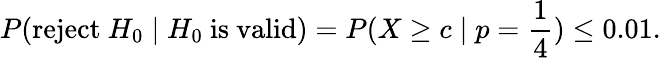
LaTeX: P({\mathrm{reject~}}H_{0}\mid H_{0}{\mathrm{~is~valid}})=P(X\geq c\mid p={\frac{1}{4}})\leq 0{.}01.